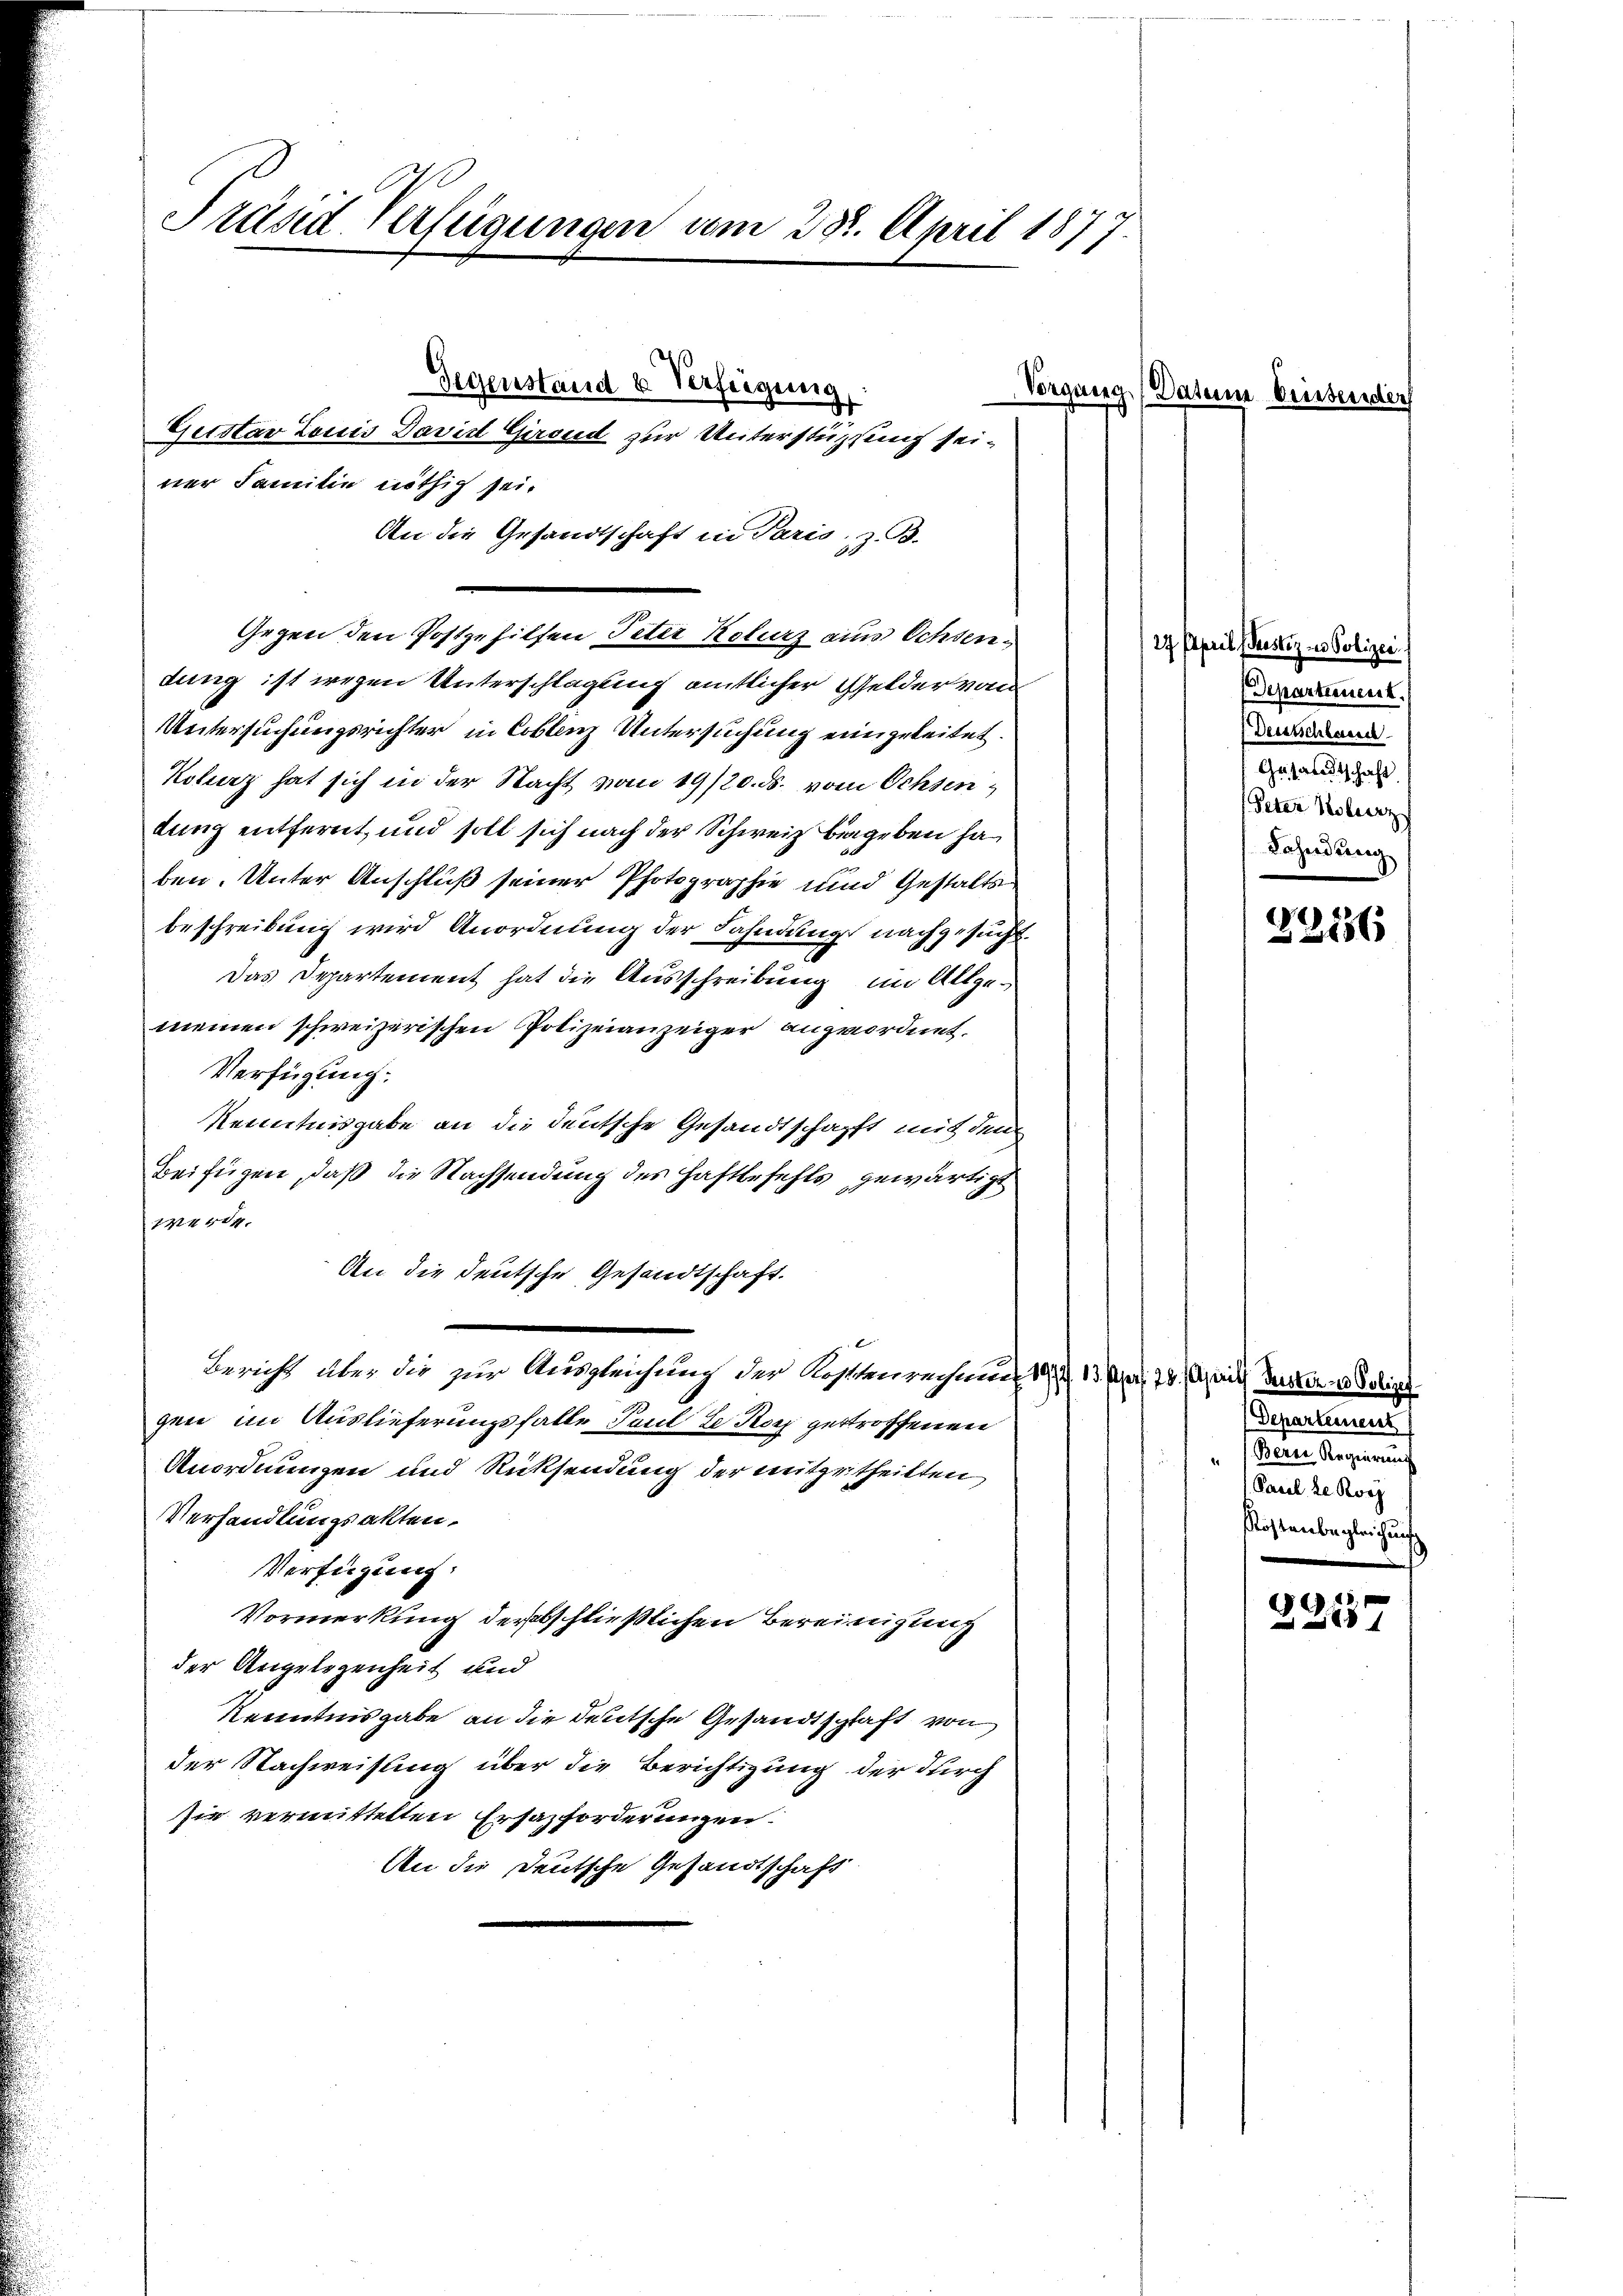
Präsid Verfügungen vom 28. April 1877.

An die Gesandtschaft in Paris, z. B.
Gegen den Postgehilfen Peter Kolurz aus Ochsendung ist wegen Unterschlagung amtlicher Gelder von
Untersuchungsrichter in Coblenz Untersuchung eingeleitet.
Koberz hat sich in der Nacht vom 19/20. ds. vom Ochsen,
dung entfernt, und soll sich nach der Schweiz begeben ha
ben. Unter Anschluß seiner Photographie und Gestaltsbeschreibung wird Anordnung der Fahndung nachgesucht.
Das Departement hat die Ausschreibung im Allgemeinen schweizerischen Polizeianzeiger angeordnet.
Verfügung:
Kenntnisgabe an die deutsche Gesandtschafft mit dem
Beifügen, daß die Nachsendung des Haftbefehls gewärtigt
werde.
An die deutsche Gesandtschaft.
Bericht über die zur Ausgleichung der Rostenrechnung 19. 13. Ja. 78. April desser Schine
gen im Auslieferungsfalle Paul de Koch getroffenen
Anordnungen und Rücksendung der mitgetheilten
Verhandlungsakten.
Verfügung.
Vormerkung dersebschließlichen Bereinigung
der Angelegenheit und
Kenntnisgabe an die deutsche Gesandtschaft von
der Nachweisung über die Berichtigung der durch
sie vermittelten Ersazforderungen.
An die Deutsche Gesandtschaft

Gegenstand u. Verfügung
Gerstav Louis David Girend zur Unterstützung seiner Familie nöthig sei.

Vorgang (Datum beissender

27 April (Gerster in Polizei.
Departement.
Deestschlassel
 Gesandtschaft
Peter Koberz
Fahndung

e
2156

Departement
Berer Regierung
Pasel de Ross
Kostenbegleichung
11

x